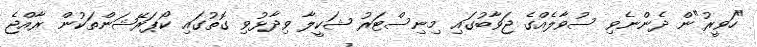
"ހަވީރު"ން ދެންނެވި ސުވާލެއްގެ ޖަވާބުގައި މިނިސްޓަރު ޝަކީލާ ވިދާޅުވި ގޮތުގައި ކޯޕަރޭޝަންތަކުން ރާއްޖެ